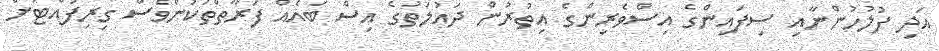
އަދި ފުލުހުންނާއި ސިފައިންގެ އިސްވެރިންގެ އިތުރުން ދައުލަތުގެ އިސް ބައެއް ފަރާތްތަކުންވެސް ގިރިފުއްޓަށް